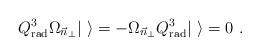
LaTeX: \begin{align*}Q_{\rm rad}^3 \Omega_{\vec{n}_{\bot}} |\ \rangle =- \Omega_{\vec{n}_{\bot}} Q_{\rm rad}^3 |\ \rangle = 0 \ .\end{align*}